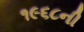
૧૯૬૮ની